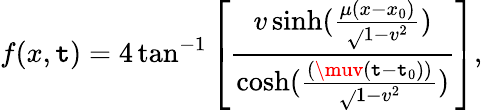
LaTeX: f(x,\mathtt{t})=4\tan^{-1}\left[\frac{{v\sinh(\frac{{\mu(x-x_{0})}}{{\sqrt{}{{1-v^{2}}}}})}}{{\cosh(\frac{{(\muv(\mathtt{t}-\mathtt{t}_{0}))}}{{\sqrt{}{{1-v^{2}}}}})}}\right],